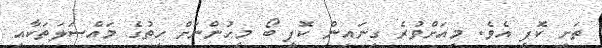
ތަށި ކޮފީ އެވެ. މިއަށްވުރެ ގިނައިން ކޮފީ ބޯ މީހުންނަށް ހިތުގެ މައްސަލަތަކާއި